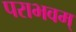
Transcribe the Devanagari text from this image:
पराभवम्‌